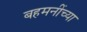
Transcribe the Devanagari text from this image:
बहमनींच्या